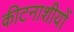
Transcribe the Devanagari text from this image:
कीटनाशीयों